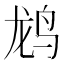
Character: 𬸄